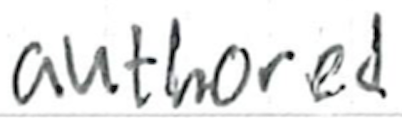
Text: authored
Cross-out: clean
Writing tool: ballpoint